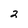
Character: 2